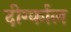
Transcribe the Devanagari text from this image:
दीर्ग्काल